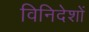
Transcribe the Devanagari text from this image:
विनिदेशों